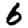
Digit: 6